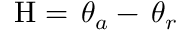
{ \mathrm { H } } = \, \theta _ { a } - \, \theta _ { r }